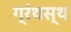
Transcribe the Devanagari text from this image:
ग्रंथस्थ